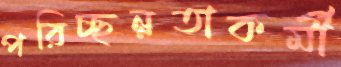
পরিচ্ছন্নতাকর্মী